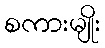
စကားမျိုး